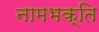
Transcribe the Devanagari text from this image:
नामभक्ति